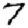
Digit: 7